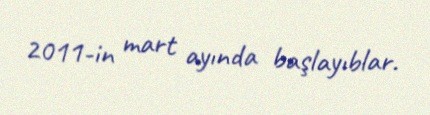
2011-in mart ayında başlayıblar.